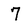
Character: 7